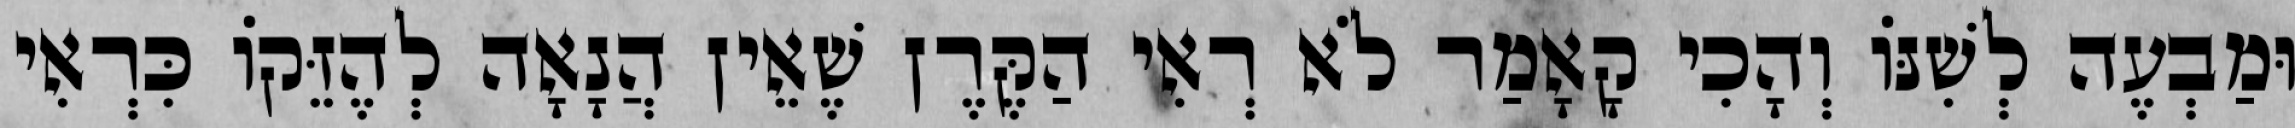
וּמַבְעֶה לְשִׁנּוֹ וְהָכִי קָאָמַר לֹא רְאִי הַקֶּרֶן שֶׁאֵין הֲנָאָה לְהֶזֵּקוֹ כִּרְאִי